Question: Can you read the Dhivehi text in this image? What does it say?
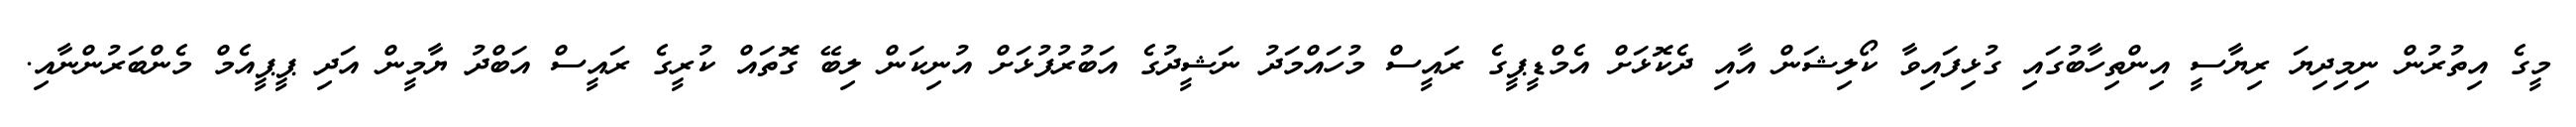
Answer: މީގެ އިތުރުން ނިމިދިޔަ ރިޔާސީ އިންތިހާބުގައި ގުޅިފައިވާ ކޯލިޝަން އާއި ދެކޮޅަށް އެމްޑީޕީގެ ރައީސް މުހައްމަދު ނަޝީދުގެ އަބުރުފުޅަށް އުނިކަން ލިބޭ ގޮތައް ކުރީގެ ރައީސް އަބްދު ޔާމީން އަދި ޕީޕީއެމް މެންބަރުންނާއި.